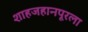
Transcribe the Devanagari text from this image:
शाहजहानपूरला